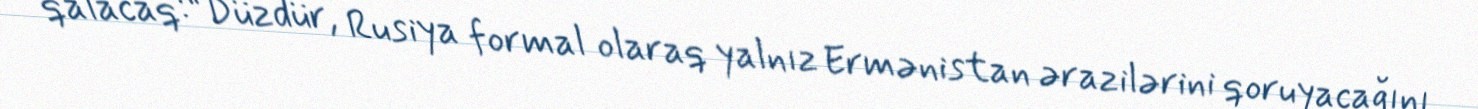
qalacaq:“Düzdür, Rusiya formal olaraq yalnız Ermənistan ərazilərini qoruyacağını